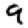
Digit: 9